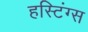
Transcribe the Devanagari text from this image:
हस्टिंग्स